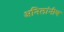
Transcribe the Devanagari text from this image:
अनिलांनीच